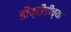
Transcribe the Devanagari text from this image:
डीव्हीडींच्या